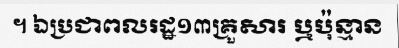
។ ឯប្រជាពលរដ្ឋ១៣គ្រួសារ ឬប៉ុន្មាន